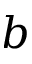
b